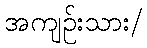
အကျဉ်းသား/